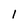
Character: i